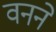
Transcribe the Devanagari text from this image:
वनने